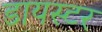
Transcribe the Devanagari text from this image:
डायस्टर